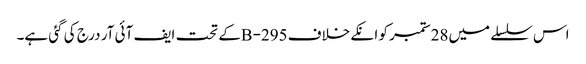
اس سلسلے میں28ستمبر کو انکے خلاف 295-Bکے تحت ایف آئی آر درج کی گئی ہے۔